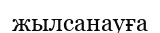
жылсанауға